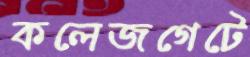
কলেজগেটে